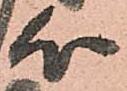
心